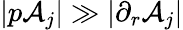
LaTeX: |p\mathcal{A}_{j}|\gg|\partial_{r}\mathcal{A}_{j}|